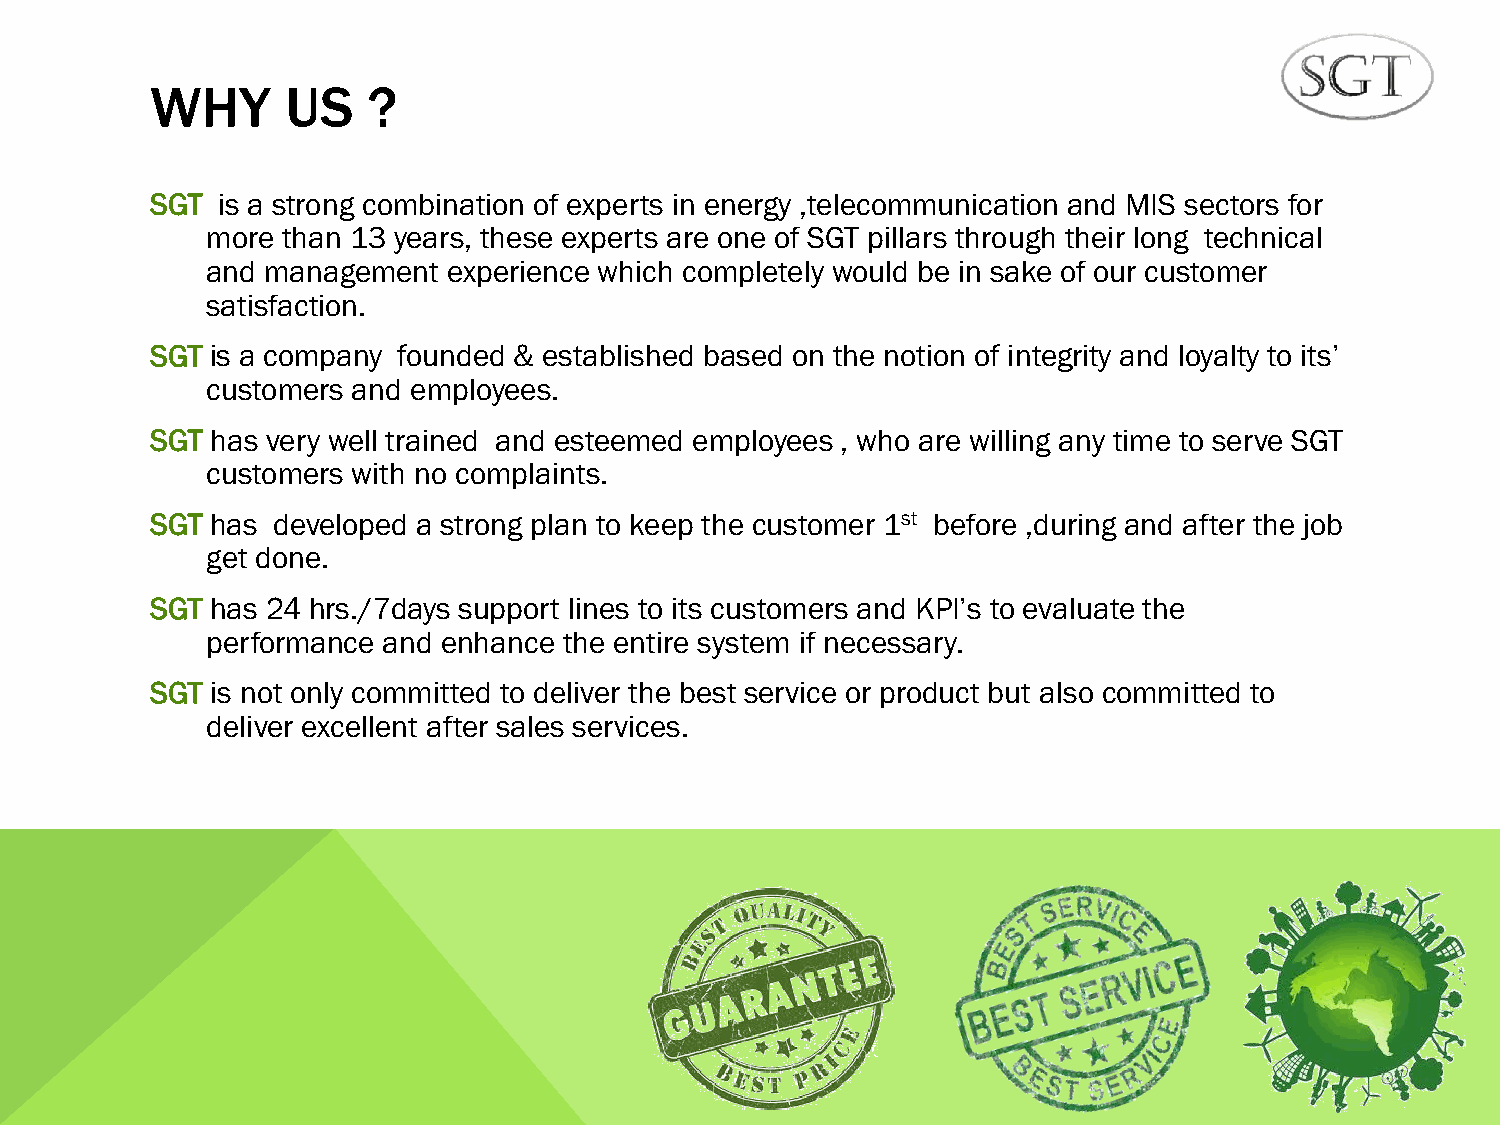
WHY      US   ?
 SGT is a strong combination of experts in energy ,telecommunication and MIS sectors for
 more than 13 years, these experts are one of SGT pillars through their long technical
 and management  experience which completely would be in sake of our customer
 satisfaction.
 SGT is a company founded & established based on the notion of integrity and loyalty to its’
 customers and employees.
 SGT has very well trained and esteemed employees , who are willing any time to serve SGT
 customers with no complaints.
 SGT has developed a strong plan to keep the customer 1st before ,during and after the job
 get done.
 SGT has 24 hrs./7days support lines to its customers and KPI’s to evaluate the
 performance and enhance the entire system if necessary.
 SGT is not only committed to deliver the best service or product but also committed to
 deliver excellent after sales services.